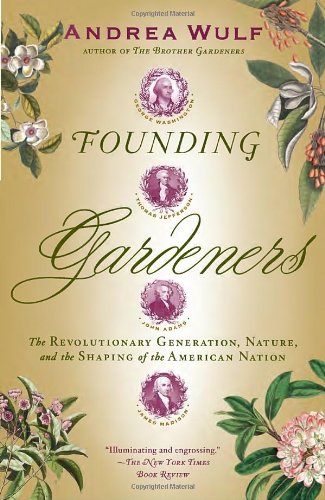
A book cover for Founding Gardeners: The Revolutionary Generation, Nature, and the Shaping of the American Nation; Andrea Wulf; Crafts, Hobbies & Home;